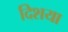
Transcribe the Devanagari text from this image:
दिशया